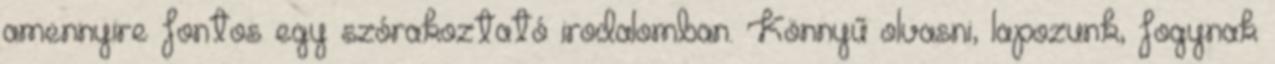
amennyire fontos egy szórakoztató irodalomban. Könnyű olvasni, lapozunk, fogynak